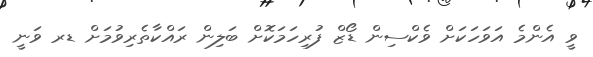
ވީ އެންމެ އަވަހަކަށް ވެކްސިން ޑޯޒް ފުރިހަމަކޮށް ބަލިން ރައްކާތެރިވުމަށް ޑރ ވަނީ